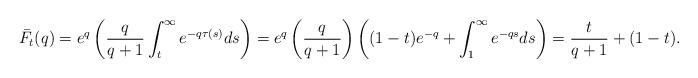
LaTeX: \begin{align*}\bar F_t(q) = e^{q}\left(\frac {q}{q+1} \int _t^\infty e^{-q\tau(s)}ds\right) = e^{q}\left(\frac {q}{q+1}\right)\left((1-t)e^{-q}+ \int _1^\infty e^{-qs}ds\right) = \frac{t}{q+1}+(1-t).\end{align*}